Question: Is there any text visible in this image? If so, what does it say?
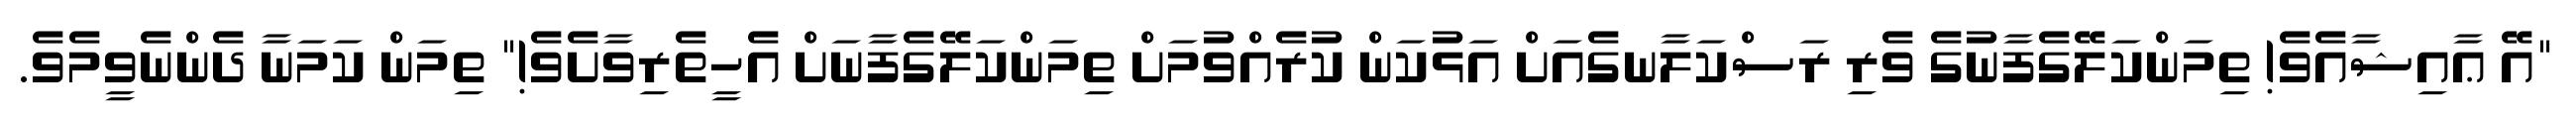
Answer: "އޭ ޢާއިޝާއެވެ! ތިމަންކަލޭގެފާނުގެ ވެރި ރަސްކަލާނގެއަށް އަޅުކަން ކުރެއްވުމަށް ތިމަންކަލޭގެފާނަށް އެހީތެރިވާށެވެ!" ތިމަން ކަމަނާ ދެންނެވީމެވެ.